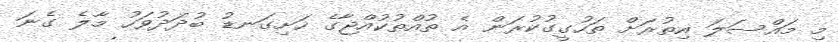
މި މައްސަލަ އިތުރަށް ތަހުގީގުކުރަން އެ ތުއްތުކުއްޖާގެ ހަށިގަނޑު ބުދަދުވަހު މާލެ ގެނަ